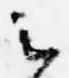
云